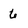
Character: 6